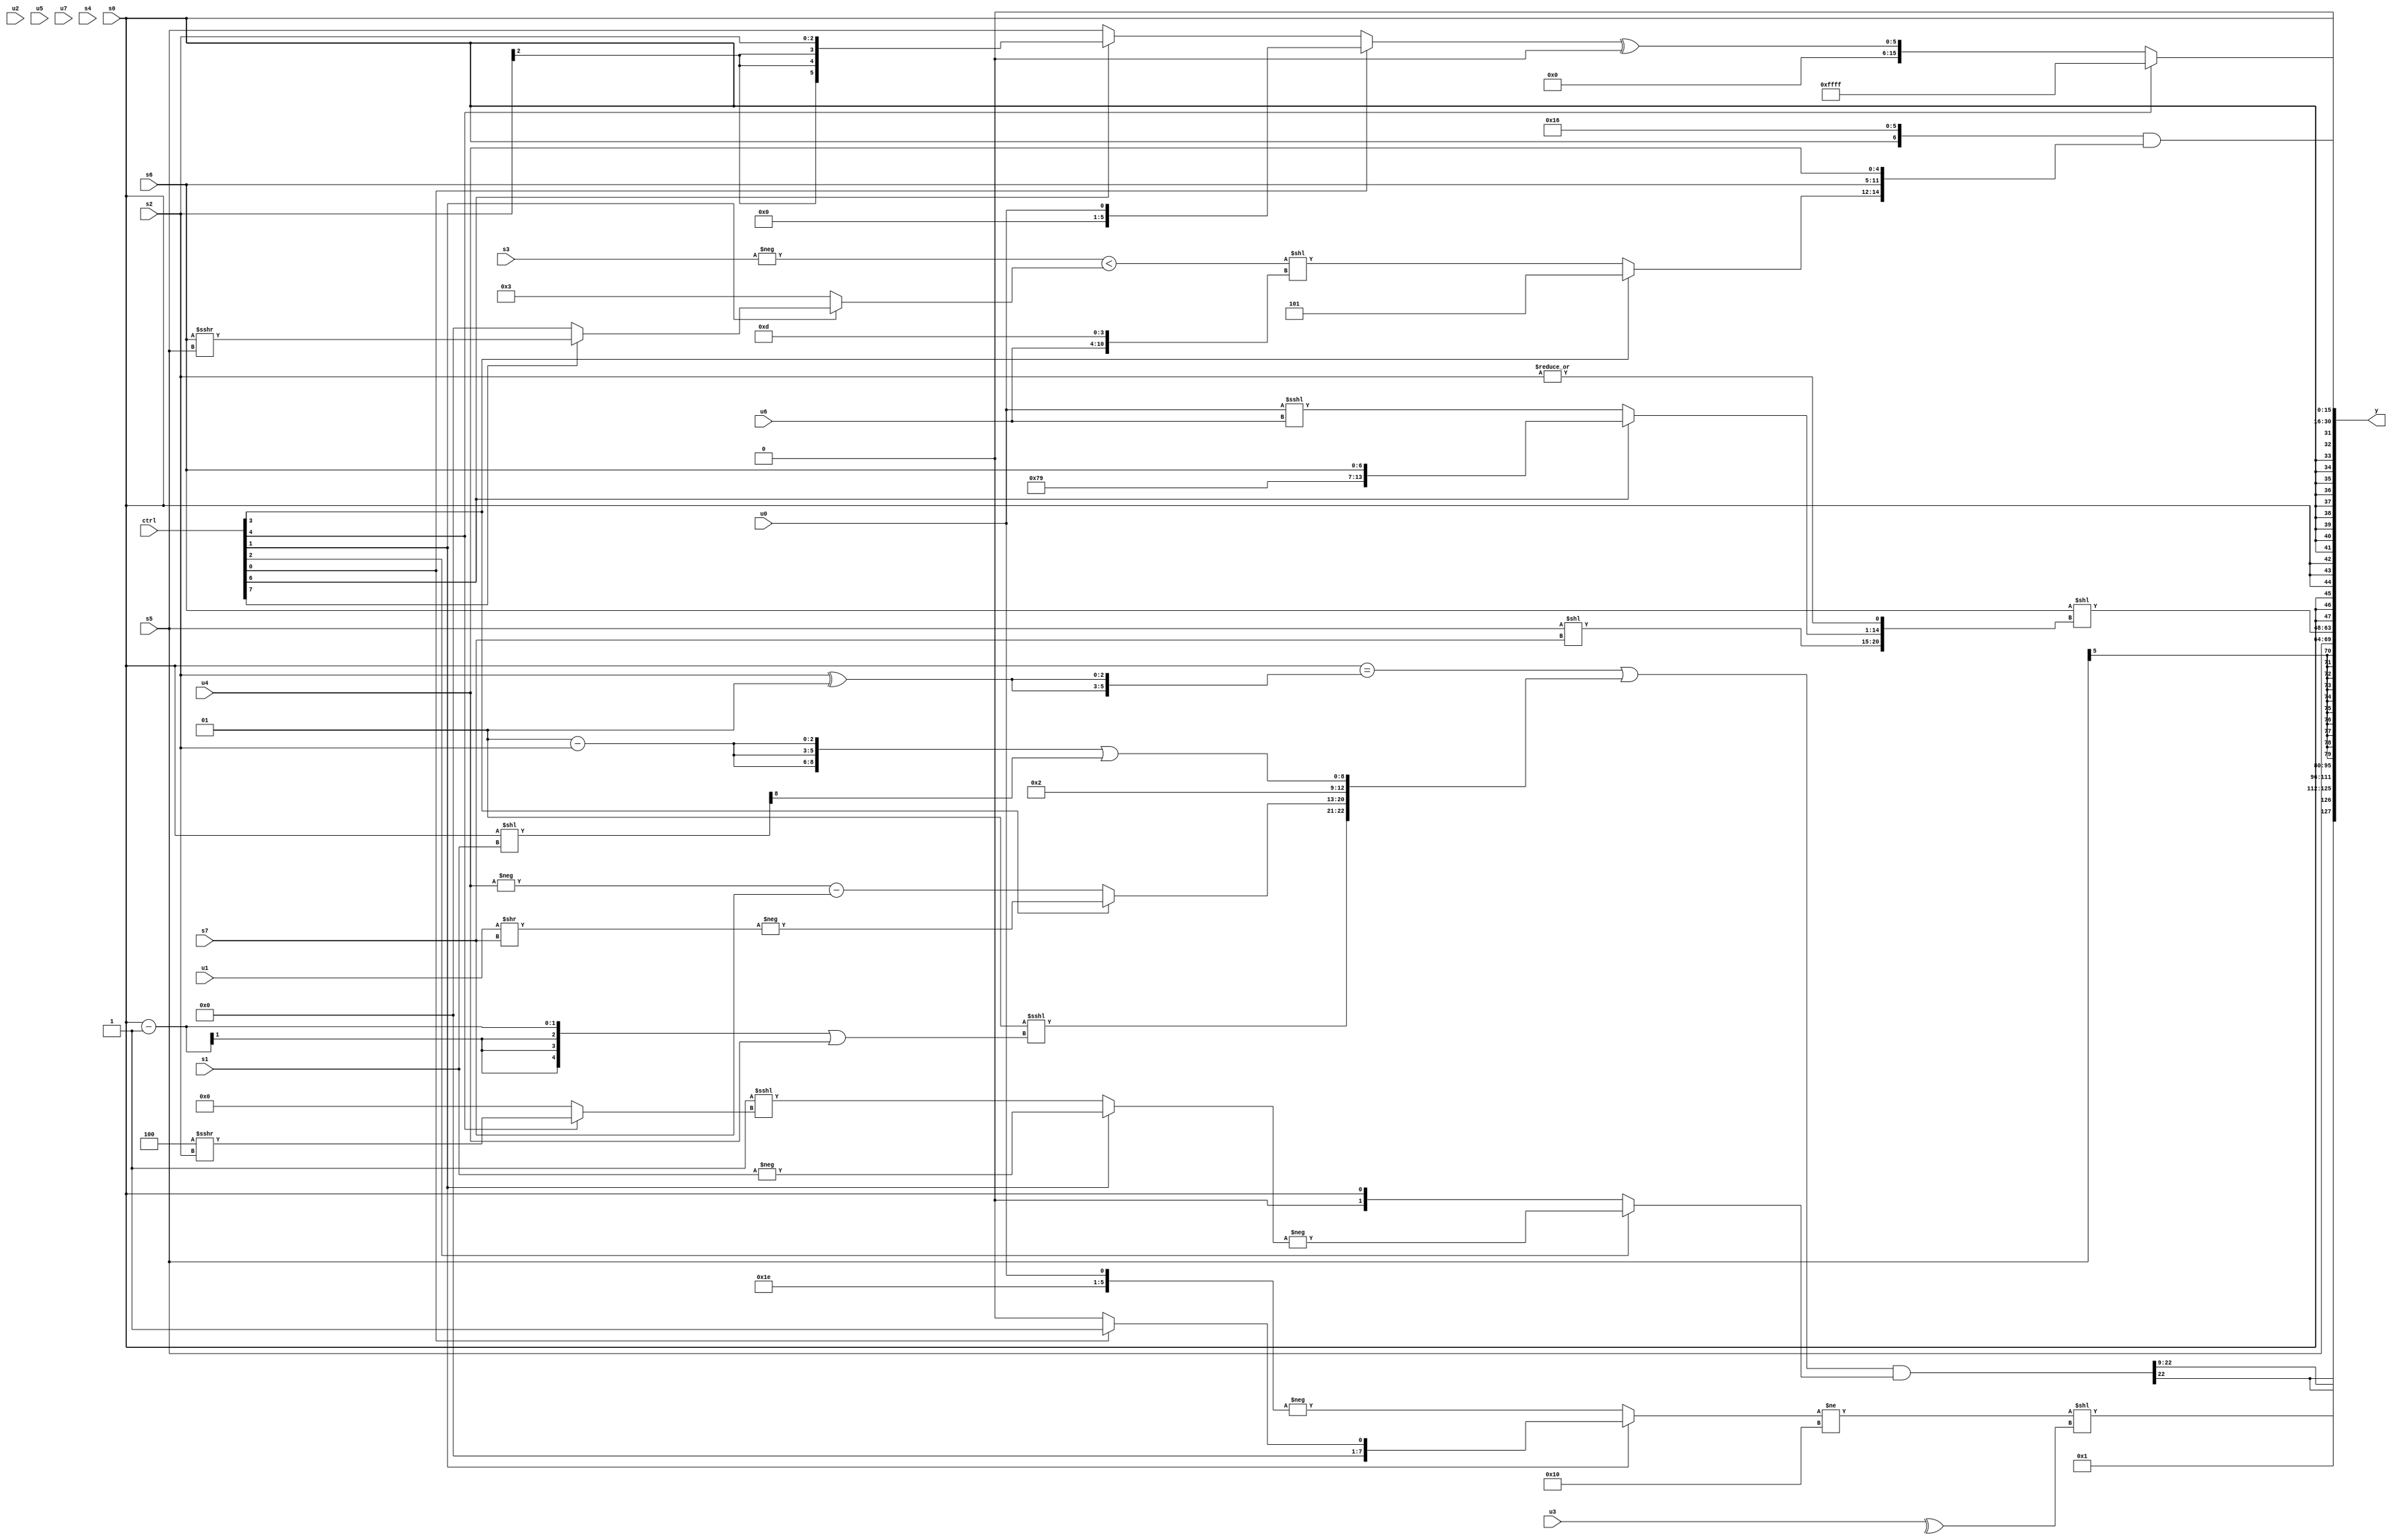
module wideexpr_00622(ctrl, u0, u1, u2, u3, u4, u5, u6, u7, s0, s1, s2, s3, s4, s5, s6, s7, y);
  input [7:0] ctrl;
  input [0:0] u0;
  input [1:0] u1;
  input [2:0] u2;
  input [3:0] u3;
  input [4:0] u4;
  input [5:0] u5;
  input [6:0] u6;
  input [7:0] u7;
  input signed [0:0] s0;
  input signed [1:0] s1;
  input signed [2:0] s2;
  input signed [3:0] s3;
  input signed [4:0] s4;
  input signed [5:0] s5;
  input signed [6:0] s6;
  input signed [7:0] s7;
  output [127:0] y;
  wire [15:0] y0;
  wire [15:0] y1;
  wire [15:0] y2;
  wire [15:0] y3;
  wire [15:0] y4;
  wire [15:0] y5;
  wire [15:0] y6;
  wire [15:0] y7;
  assign y = {y0,y1,y2,y3,y4,y5,y6,y7};
  assign y0 = (($signed($signed(((s0)==({2{$signed((s2)^(3'sb001))}}))|({($signed(2'sb01))<<<(((s0)-(1'sb1))|(u4)),(ctrl[3]?-((u1)>>(s7)):(-(u4))-(s7)),4'sb0010,({3{(2'sb01)-(s2)}})|(((s0)<<(s1))>>>((5'sb10001)<<(3'sb011)))}))))&($signed((ctrl[2]?-((ctrl[1]?+({-(s1)}):(2'sb01)<<<((ctrl[4]?(3'sb100)>>>(s2):(1'b0)&(6'b010110))))):s0))))>>>(4'sb1001);
  assign y1 = 2'sb01;
  assign y2 = (($signed((ctrl[1]?(ctrl[0]?4'sb0001:~|(1'sb1)):-({6'b001111,1'sb0,u0}))))!=(+(+(+(6'sb110000)))))<<(^(u3));
  assign y3 = s5;
  assign y4 = ($signed(s6))<<(+({((s5)<<(s7))>>>(^(4'b0110)),(ctrl[6]?{3'sb111,4'b1001,s6}:(u0)<<<(u6)),|(+(s2))}));
  assign y5 = +(s0);
  assign y6 = +(({$signed(s0),$signed(6'sb010110)})&({(ctrl[3]?3'sb101:((-(s3))<((ctrl[1]?(ctrl[7]?(s6)>>>(s5):(6'sb010011)>>>(5'sb00101)):($signed(4'b0011))^(+(2'sb00)))))<<({u6,4'sb1101})),s6,u4}));
  assign y7 = (ctrl[4]?2'sb11:$signed(((ctrl[0]?u0:{$signed((ctrl[6]?s2:s5))}))^({2{$signed(((4'sb0001)^~(s0))<<<($signed(6'sb100000)))}})));
endmodule